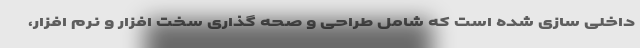
داخلی سازی شده است که شامل طراحی و صحه گذاری سخت افزار و نرم افزار،